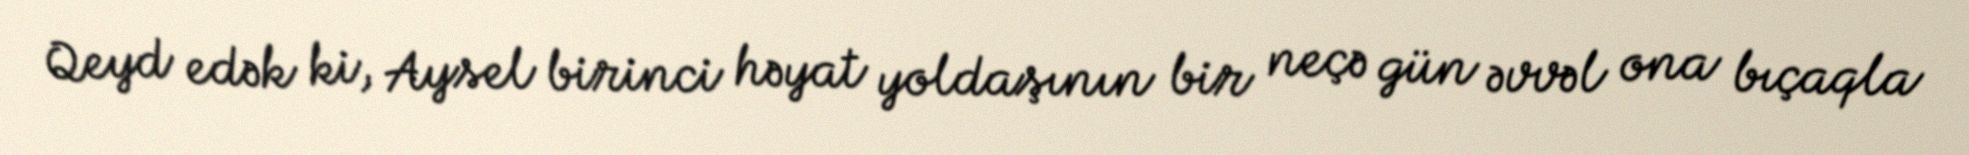
Qeyd edək ki, Aysel birinci həyat yoldaşının bir neçə gün əvvəl ona bıçaqla